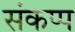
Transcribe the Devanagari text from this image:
संकप्प